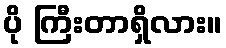
ပို ကြီးတာရှိလား။